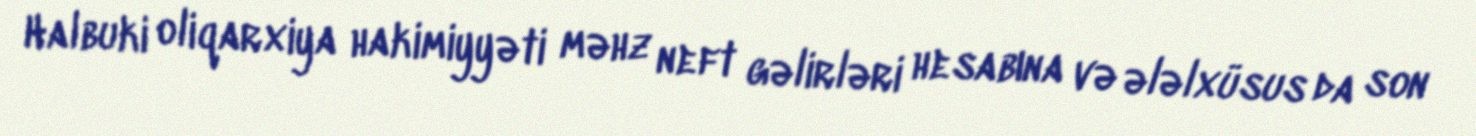
Halbuki oliqarxiya hakimiyyəti məhz neft gəlirləri hesabına və ələlxüsus da son